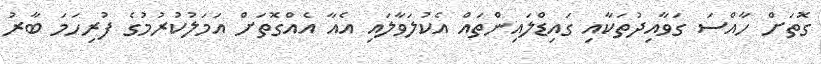
ގޮތަށް ހާއްސަ ގަވާއިދުތަކާއި ގައިޑްލައިންތައް އެކުލަވާލައި އެއާ އެއްގޮތަށް އަމަލުކުރުމުގެ ފުރިހަމަ ބާރު